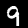
Digit: 9